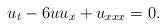
LaTeX: \begin{align*}u_{t}-6uu_{x}+u_{xxx}=0. \end{align*}